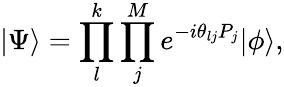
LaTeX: |\Psi\rangle=\prod_{l}^{k}\prod_{j}^{M}e^{-i\theta_{lj}P_{j}}|\phi\rangle,